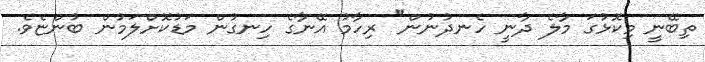
ތިބޭނީ މިކޮޅުގަ މާލެ ދާނީ ހެނދުނުން" ރިހާމު އޭނާގެ ހިނގުން މަޑުކޮށްލަމުން ބުންޏެވެ.